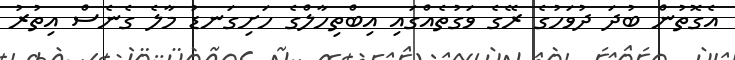
އެގޮތުން ބުދަ ދުވަހުގެ ރޭގެ ވަގުތެއްގައި އިބްތިހާލްގެ ހަށިގަނޑު މާލެ ގެނެސް އިތުރު